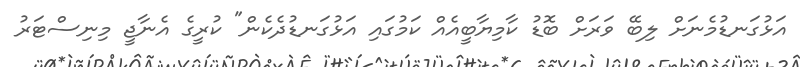
އަޅުގަނޑުމެނަށް ލިބޭ ވަރަށް ބޮޑު ކާމިޔާބީއެއް ކަމުގައި އަޅުގަނޑުދެކެން" ކުރީގެ އެނާޖީ މިނިސްޓަރު